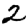
Digit: 2